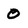
Character: 0